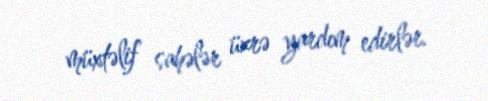
müxtəlif sahələr üzrə yardım edirlər.